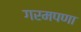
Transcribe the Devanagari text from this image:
गरमपणा